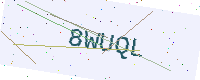
Text: 8WUQL